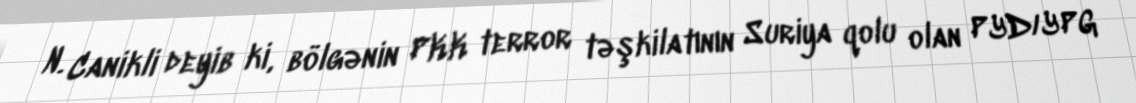
N. Canikli deyib ki, bölgənin PKK terror təşkilatının Suriya qolu olan PYD/YPG